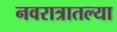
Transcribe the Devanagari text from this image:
नवरात्रातल्या